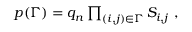
\begin{array} { r } { p ( \Gamma ) = q _ { n } \prod _ { ( i , j ) \in \Gamma } S _ { i , j } \ , } \end{array}